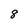
Character: 8